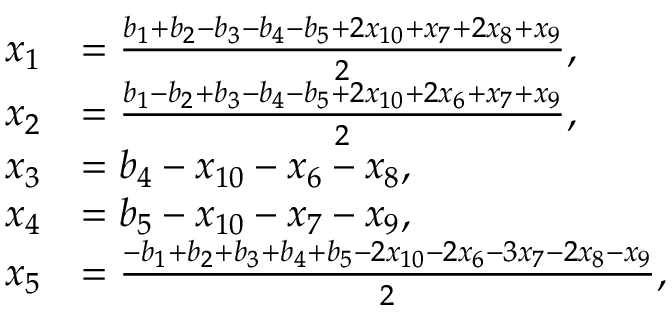
\begin{array} { r l } { x _ { 1 } } & { = \frac { b _ { 1 } + b _ { 2 } - b _ { 3 } - b _ { 4 } - b _ { 5 } + 2 x _ { 1 0 } + x _ { 7 } + 2 x _ { 8 } + x _ { 9 } } { 2 } , } \\ { x _ { 2 } } & { = \frac { b _ { 1 } - b _ { 2 } + b _ { 3 } - b _ { 4 } - b _ { 5 } + 2 x _ { 1 0 } + 2 x _ { 6 } + x _ { 7 } + x _ { 9 } } { 2 } , } \\ { x _ { 3 } } & { = b _ { 4 } - x _ { 1 0 } - x _ { 6 } - x _ { 8 } , } \\ { x _ { 4 } } & { = b _ { 5 } - x _ { 1 0 } - x _ { 7 } - x _ { 9 } , } \\ { x _ { 5 } } & { = \frac { - b _ { 1 } + b _ { 2 } + b _ { 3 } + b _ { 4 } + b _ { 5 } - 2 x _ { 1 0 } - 2 x _ { 6 } - 3 x _ { 7 } - 2 x _ { 8 } - x _ { 9 } } { 2 } , } \end{array}